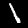
Label: 1